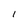
Character: l